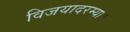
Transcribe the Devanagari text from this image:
विजयादरम्यान